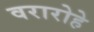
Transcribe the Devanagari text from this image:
वरारोहे